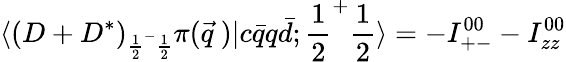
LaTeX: \langle(D+D^{*})_{{\frac{1}{2}}^{-}{\frac{1}{2}}}\pi(\vec{q}~)\vert c\bar{q}q\bar{d};{\frac{1}{2}}^{+}{\frac{1}{2}}\rangle=-I_{+-}^{00}-I_{zz}^{00}